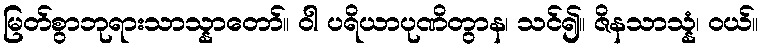
မြတ်စွာဘုရားသာသ္နာတော်။ ဝါ ပရိယာပုဏိတွာန၊ သင်၍။ ဇိနသာသ္နံ၊ ဝယ်။